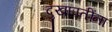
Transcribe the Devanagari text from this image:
दुखापतींना